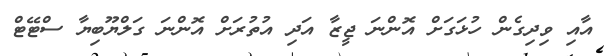
އާއި ވިދިގެން ހުޅަގަށް އޮންނަ ޖީޒާ އަދި އުތުރަށް އޮންނަ ގަލްޔޫބިޔާ ސްޓޭޓް